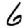
Digit: 6